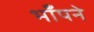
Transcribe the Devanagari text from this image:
भाँपने